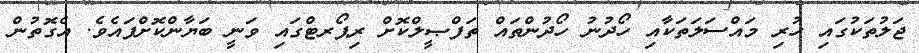
ޖަލުތަކުގައި ހުރި މައްސަލަތަކާއި ހޯދުނު ހޯދުންތައް ތަފްޞީލްކޮށް ރިޕޯރޓްގައި ވަނީ ބަޔާންކޮށްފައެވެ. އެގޮތުން